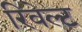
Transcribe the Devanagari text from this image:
रिवेल्ट